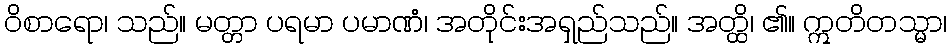
ဝိစာရော၊ သည်။ မတ္တာ ပရမာ ပမာဏံ၊ အတိုင်းအရှည်သည်။ အတ္ထိ၊ ၏။ ဣတိတသ္မာ၊